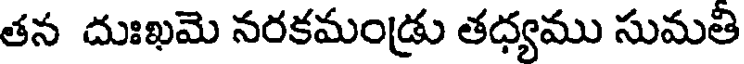
తన దుఃఖమె నరకమండ్రు తధ్యము సుమతి